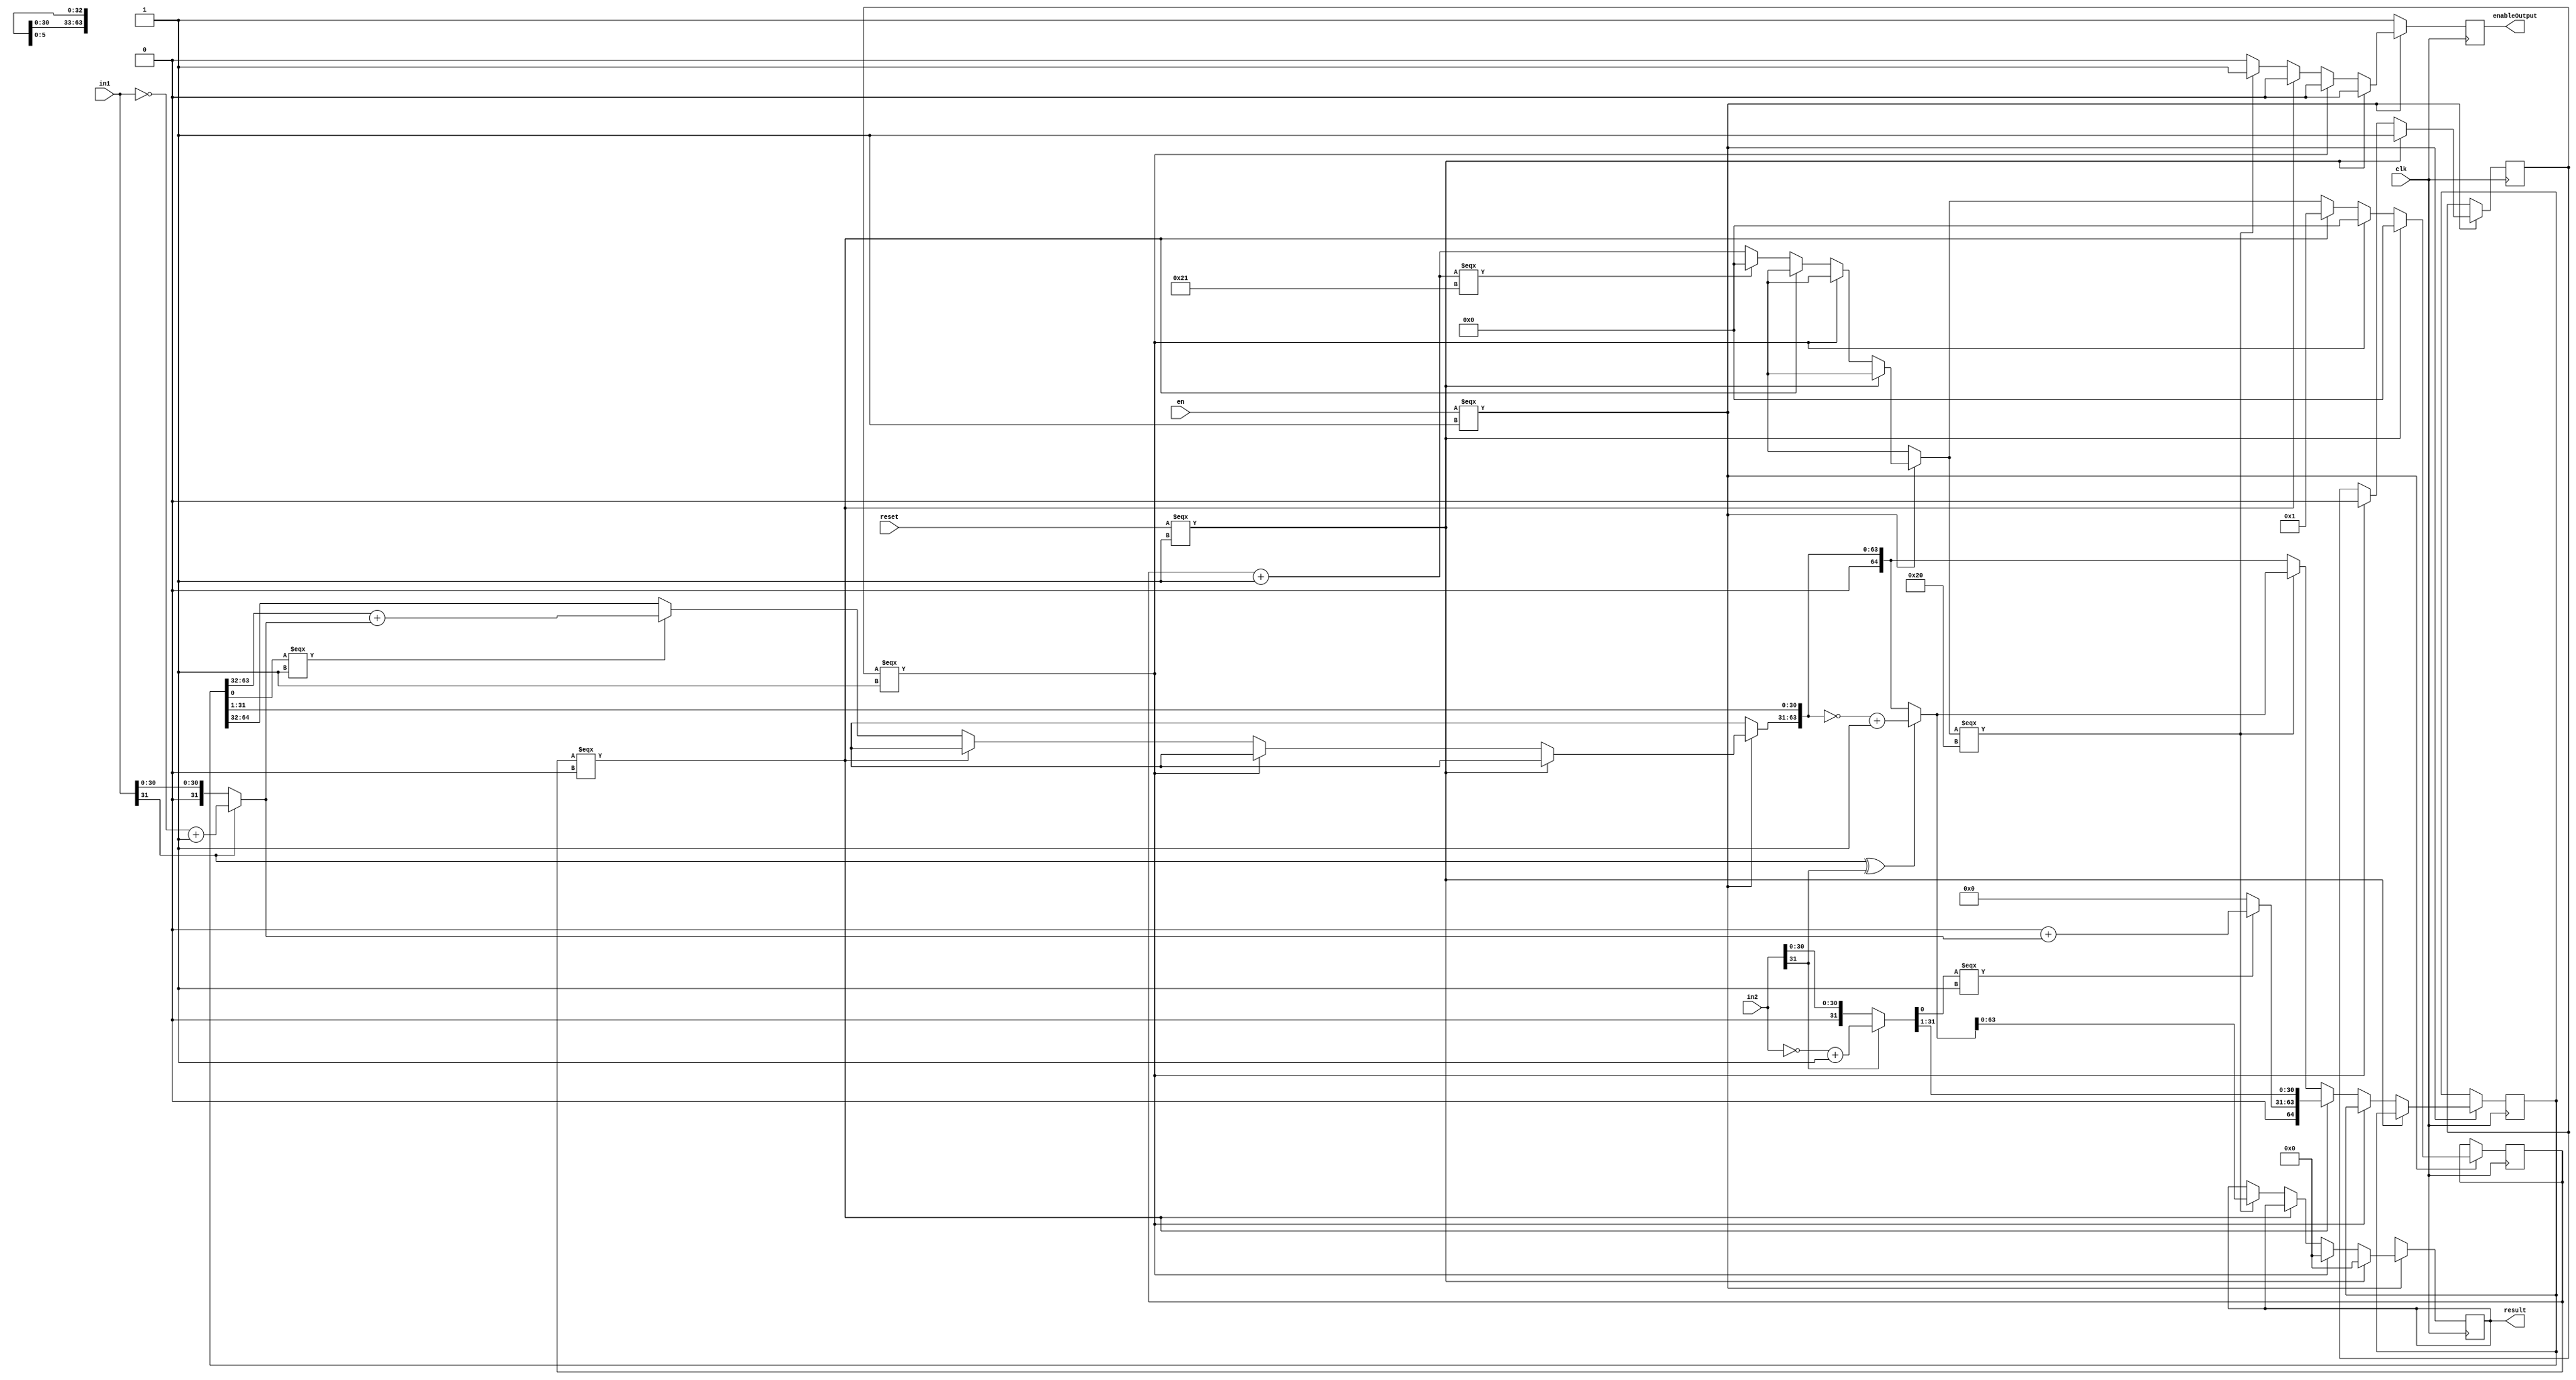
module sequentialmultiplier (input [31:0] in1, input [31:0] in2, input clk, input reset, input en, output reg [63:0] result, output reg enableOutput);

wire [31:0] m;
wire [31:0] q;
reg resetReg;
reg [5:0] counter;

assign m = (in1[31] == 1) ? (~in1 + 1'b1): in1;
assign q = (in2[31] == 1) ? (~in2 + 1'b1): in2;
reg [64:0]res=0;

always @(posedge clk) begin
enableOutput = 0;
if (en === 1'b1) begin
if (reset === 1'b1) begin
counter = 0;
result = 0;
resetReg = 1;
end
else if (resetReg === 1'b1) begin
counter = 0;
result = 0;
resetReg = 0; // make it waits 1 cycle after reset is gone to 0 to get right data
end
else if (counter === 0)begin
res = {33'b0,q};
if(res[0] === 1'b1)begin
res[64:32] = res[63:32] + m;
//$display("res = %d",res);
end
res = {1'b0,res[64:1]};
counter = 1;
end
else begin
if(res[0] === 1'b1)begin
res[64:32] = res[63:32] + m;
//$display("res = %d",res);
end
res = {1'b0,res[64:1]};
counter = counter + 1;
if (counter === 6'd33) begin
counter = 0;
end
if (counter === 6'd32) begin 
res = ((in1[31] ^ in2[31]) == 1) ? (~res[63:0] + 1'b1) : res[63:0];
result = res; // last iteration
// make one cycle delay for getting input data right
enableOutput = 1; // write the previos result out to the out register
end
end

end

else begin
result = 64'bx;
enableOutput = 1;
end






end
endmodule